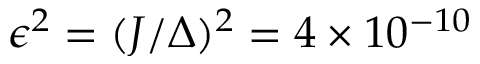
\epsilon ^ { 2 } = ( J / \Delta ) ^ { 2 } = 4 \times 1 0 ^ { - 1 0 }